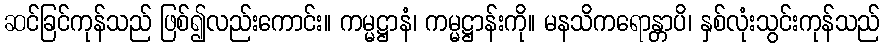
ဆင်ခြင်ကုန်သည် ဖြစ်၍လည်းကောင်း။ ကမ္မဋ္ဌာနံ၊ ကမ္မဋ္ဌာန်းကို။ မနသိကရောန္တာပိ၊ နှစ်လုံးသွင်းကုန်သည်